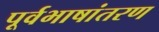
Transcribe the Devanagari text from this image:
पूर्वभाषांतरण